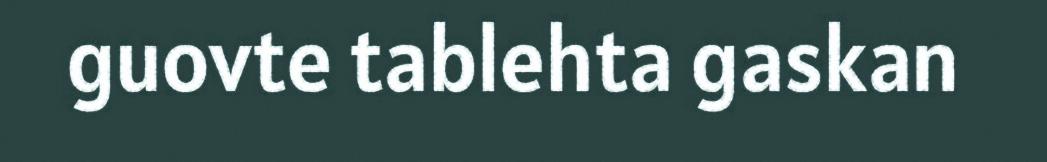
guovte tablehta gaskan